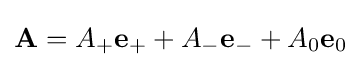
\mathbf {A} =A_{+}\mathbf {e} _{+}+A_{-}\mathbf {e} _{-}+A_{0}\mathbf {e} _{0}